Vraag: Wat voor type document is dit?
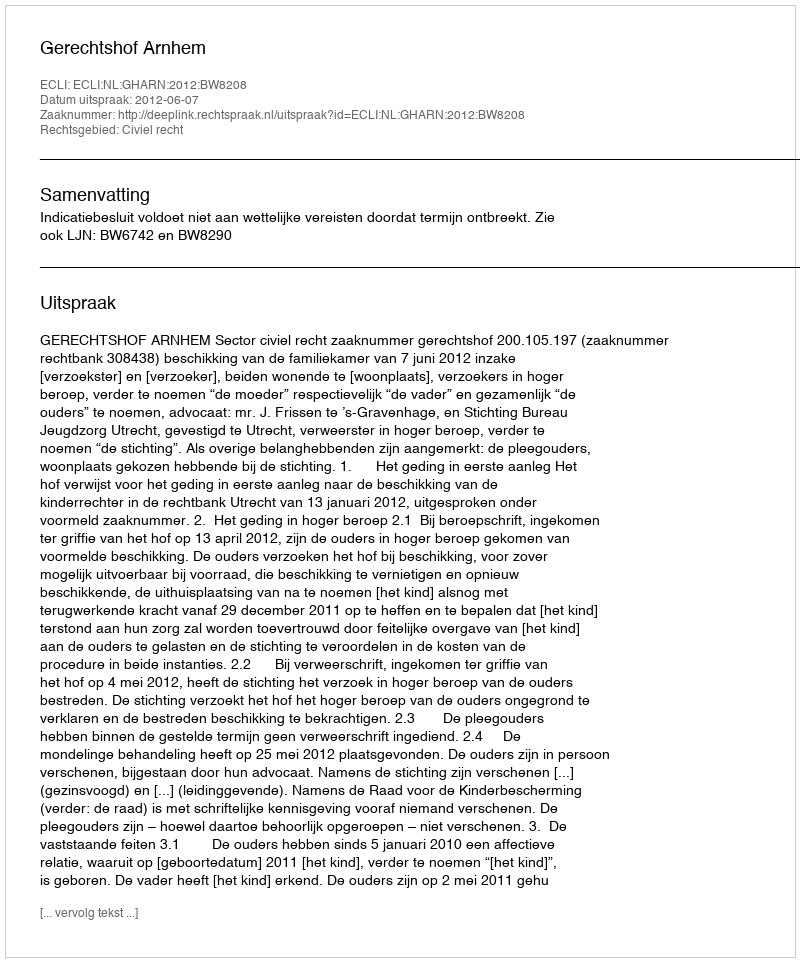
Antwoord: Uitspraak